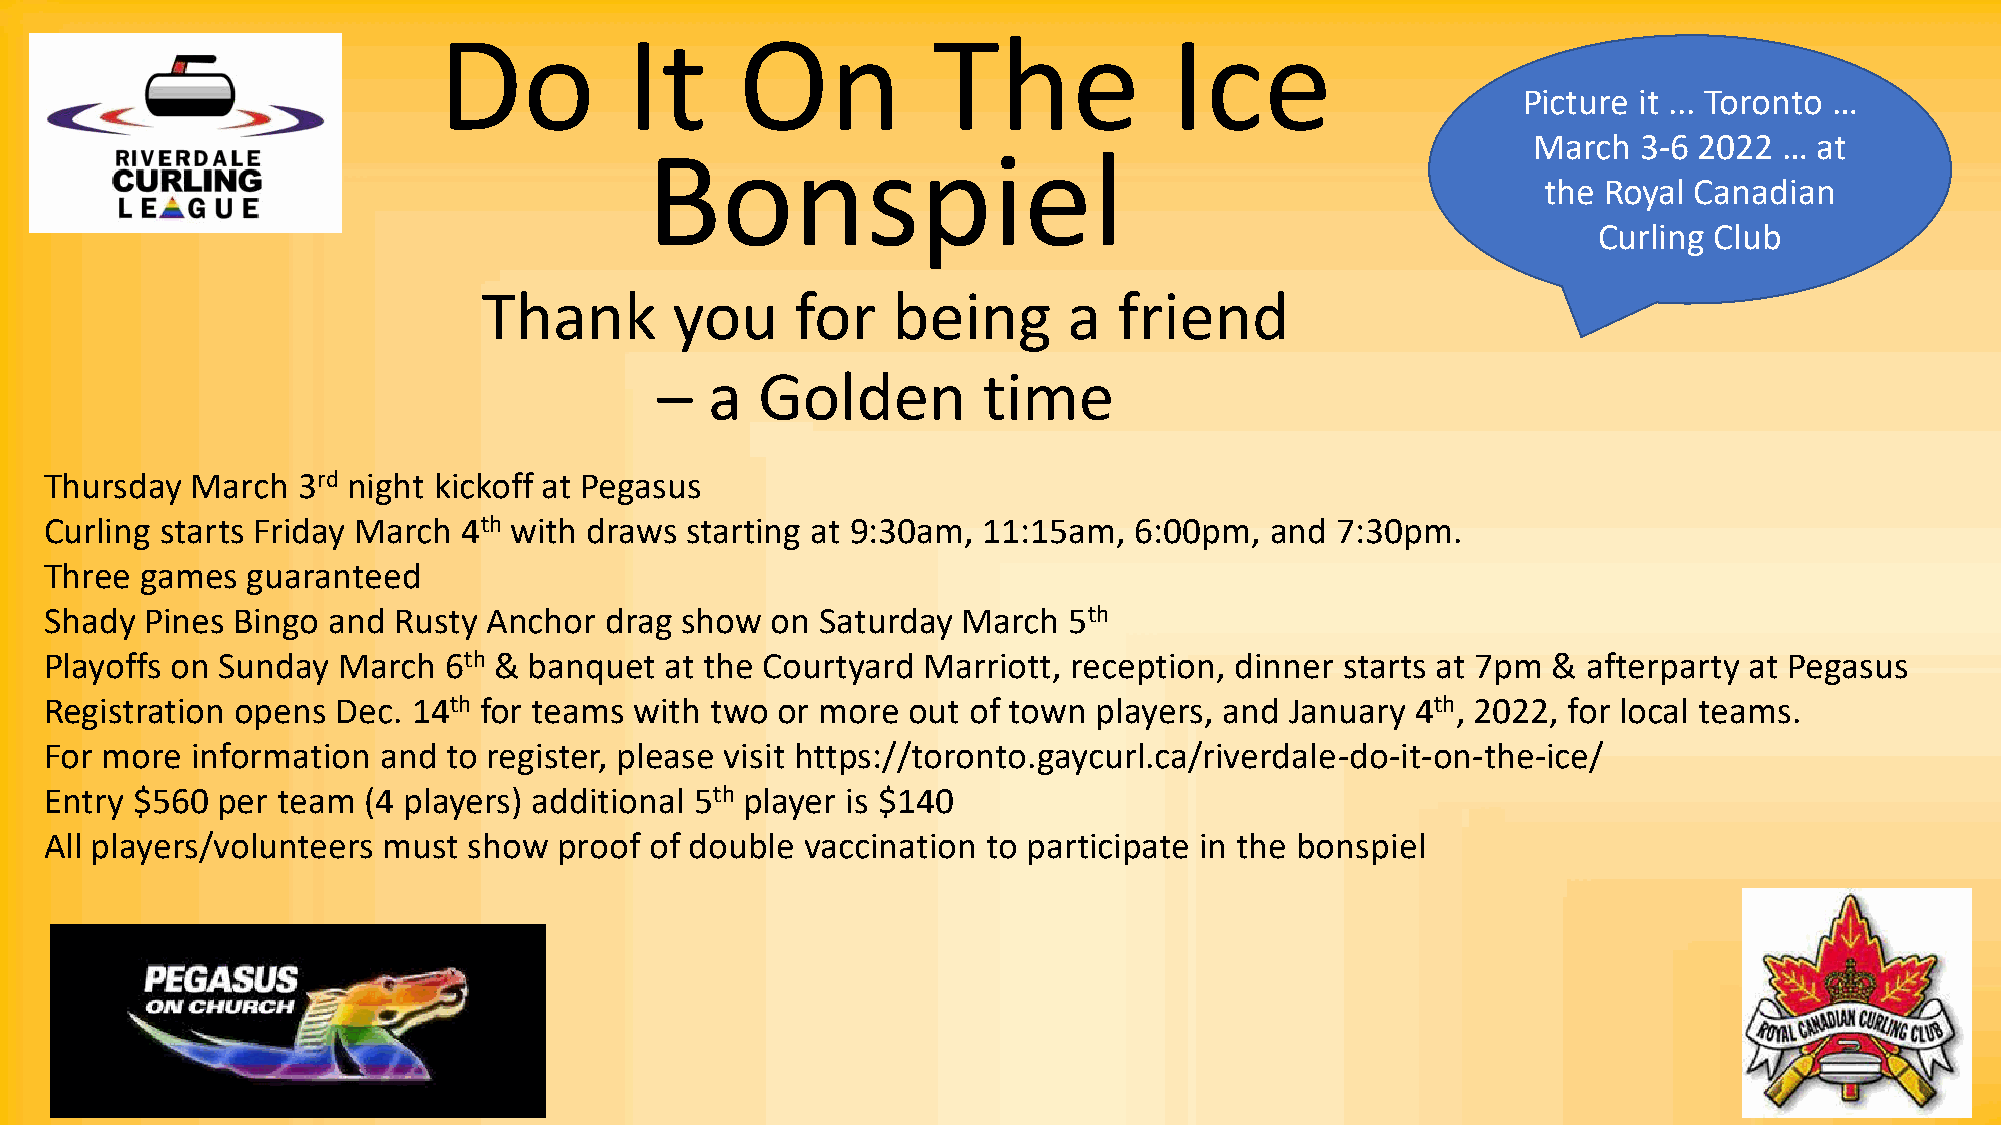
Do          It      On           The            Ice
 Picture it ... Toronto …
 March   3-6 2022 … at
 Bonspiel
 the Royal Canadian
 Curling Club
 Thank        you     for   being       a  friend
 –   a  Golden         time
 Thursday  March  3rd night kickoff at Pegasus
 Curling starts Friday March 4th with draws starting at 9:30am, 11:15am, 6:00pm,  and 7:30pm.
 Three games  guaranteed
 Shady  Pines Bingo and Rusty Anchor  drag show  on Saturday  March  5th
 Playoffs on Sunday March  6th & banquet  at the Courtyard Marriott, reception, dinner starts at 7pm & afterparty at Pegasus
 Registration opens Dec. 14th for teams with two or more  out of town  players, and January 4th, 2022, for local teams.
 For more  information and  to register, please visit https://toronto.gaycurl.ca/riverdale-do-it-on-the-ice/
 Entry $560 per team  (4 players) additional 5th player is $140
 All players/volunteers must show  proof of double vaccination to participate in the bonspiel